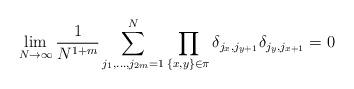
LaTeX: \begin{align*}\lim_{N \to \infty} \frac{1}{N^{1+m}} \sum^N_{j_1, \ldots, j_{2m}=1} \prod_{\{x,y\} \in \pi} \delta_{j_{x}, j_{y + 1}}\delta_{j_{y}, j_{x + 1}} = 0\end{align*}